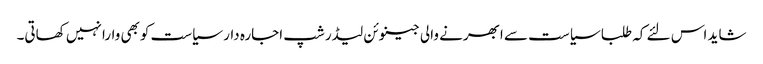
شاید اس لئے کہ طلبا سیاست سے ابھرنے والی جینوئن لیڈرشپ اجارہ دار سیاست کوبھی وارا نہیں کھاتی۔